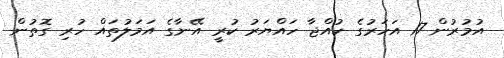
އުމުރުން 17 އަހަރުގެ ކުއްޖާ ހައްޔަރު ކުރީ އޭނާގެ އަމަލުތައް ހުރި ގޮތުން